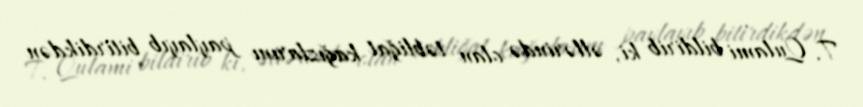
T. Qulami bildirib ki, əllərində olan təbliğat kağızlarını paylayıb bitirdikdən